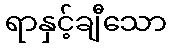
ရာနှင့်ချီသော